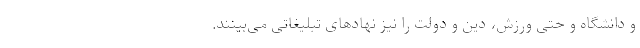
و دانشگاه و حتی ورزش، دین و دولت را نیز نهادهای تبلیغاتی می‌بینند.